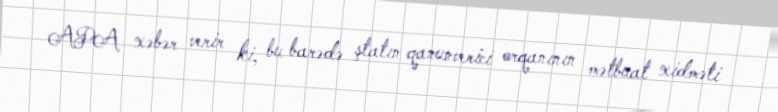
APA xəbər verir ki, bu barədə ştatın qanunverici orqanının mətbuat xidməti